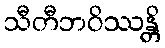
သီတီဘဝိဿန္တိ